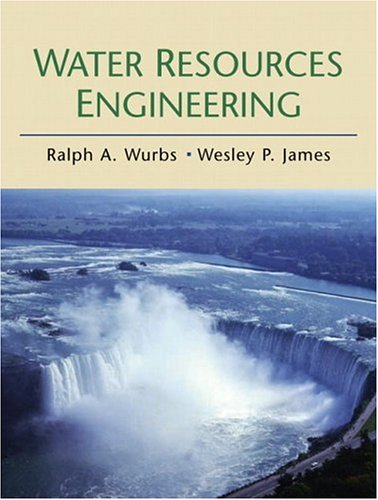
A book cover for Water Resources Engineering; Ralph A. Wurbs; Science & Math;